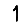
Digit: 1